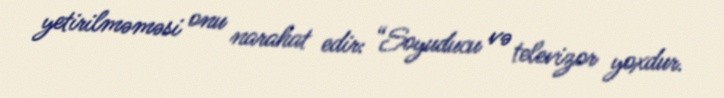
yetirilməməsi onu narahat edir: “Soyuducu və televizor yoxdur.